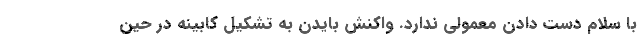
با سلام دست دادن معمولی ندارد. واکنش بایدن به تشکیل کابینه در حین